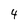
Character: 4